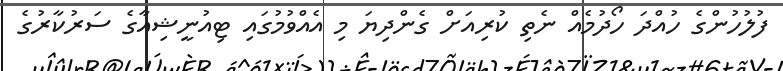
ފުލުހުންގެ ހުއްދަ ހޯދުމެއް ނެތި ކުރިއަށް ގެންދިޔަ މި އެއްވުމުގައި ޓިއުނީޝިއާގެ ސަރުކާރުގެ